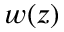
w ( z )